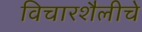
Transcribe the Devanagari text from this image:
विचारशैलीचे